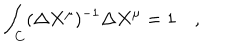
LaTeX: \int _ { C } ( \Delta X ^ { \mu } ) ^ { - 1 } \Delta X ^ { \mu } = 1 \quad ,